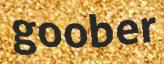
goober